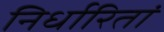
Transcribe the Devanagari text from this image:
निर्धारितां